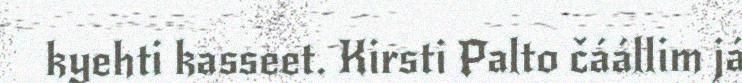
kyehti kasseet. Kirsti Palto čáállim já